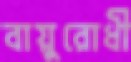
বায়ুরোধী